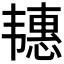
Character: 𬰶